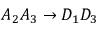
A _ { 2 } A _ { 3 } \rightarrow D _ { 1 } D _ { 3 }